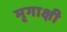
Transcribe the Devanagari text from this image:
मृगाक्षी